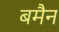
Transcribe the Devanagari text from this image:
बमैन